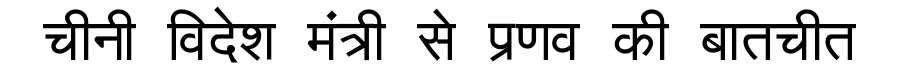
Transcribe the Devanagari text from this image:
चीनी विदेश मंत्री से प्रणव की बातचीत